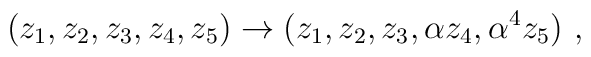
(z_1,z_2,z_3,z_4,z_5) \rightarrow (z_1,z_2,z_3, \alpha  z_4, \alpha^4 z_5)  ~,